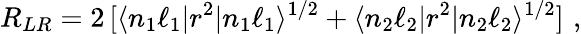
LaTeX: R_{LR}=2\, [\langle n_{1}\ell_{1}|r^{2}|n_{1}\ell_{1}\rangle^{1/2}+\langle n_{2}\ell_{2}|r^{2}|n_{2}\ell_{2}\rangle^{1/2}]\, \, ,